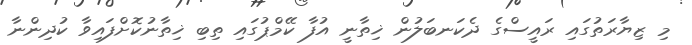
މި ޒިޔާރަތުގައި ރައީސްގެ ދެކަނބަލުން ޚިތާނީ އުފާ ކޭމްޕުގައި ތިބި ޚިތާނުކޮށްފައިވާ ކުދިންނާ